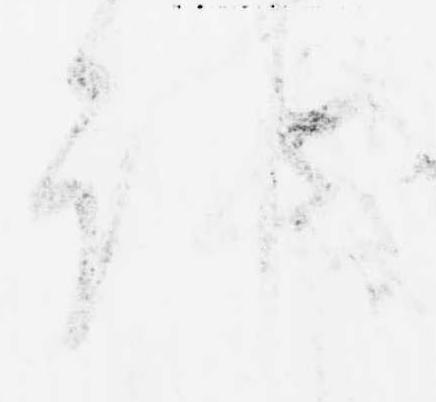
訊